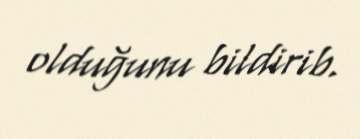
olduğunu bildirib.